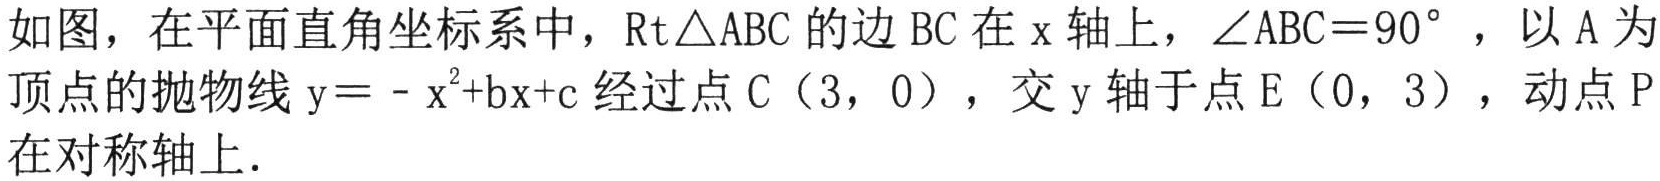
如图，在平面直角坐标系中，$\mathrm{R}\mathrm{t}\triangle \mathrm{A}\mathrm{B}\mathrm{C}$的边$\mathrm{B}\mathrm{C}$在$\mathrm{x}$轴上，$\angle \mathrm{A}\mathrm{B}\mathrm{C}=90^{\circ }$，以$\mathrm{A}$为顶点的抛物线$\mathrm{y}=-\mathrm{x}^{2}+\mathrm{b}\mathrm{x}+\mathrm{c}$经过点$\mathrm{C}$（$3$，$0$），交$\mathrm{y}$轴于点$\mathrm{E}$（$0$，$3$），动点$\mathrm{P}$在对称轴上．